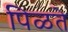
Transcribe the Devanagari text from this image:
पिळते